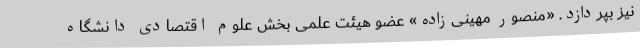
نیز بپردازد. «منصور مهینی‌زاده» عضو هیئت علمی بخش علوم اقتصادی دانشگاه